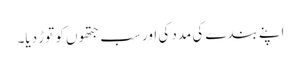
اپنے بندے کی مدد کی اور سب جتھوں کو توڑ دیا۔